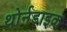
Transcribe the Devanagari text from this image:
थोर्नडाइक